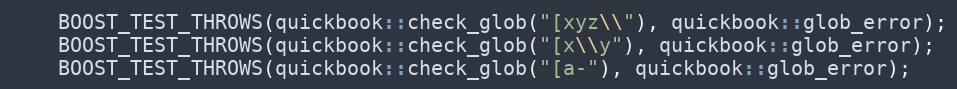
Language: C++
    BOOST_TEST_THROWS(quickbook::check_glob("[xyz\\"), quickbook::glob_error);
    BOOST_TEST_THROWS(quickbook::check_glob("[x\\y"), quickbook::glob_error);
    BOOST_TEST_THROWS(quickbook::check_glob("[a-"), quickbook::glob_error);